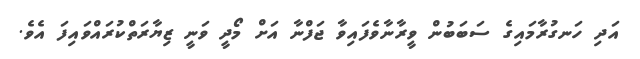
އަދި ހަނގުރާމައިގެ ސަބަބުން ވީރާނާވެފައިވާ ޖަފްނާ އަށް މޯދީ ވަނީ ޒިޔާރަތްކުރައްވައިފަ އެވެ.